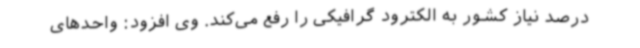
درصد نیاز کشور به الکترود گرافیکی را رفع می‌کند. وی افزود: واحدهای